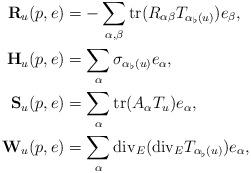
LaTeX: \begin{align*}{\bf R}_u(p,e) &=-\sum_{\alpha,\beta} {\rm tr}(R_{\alpha\beta} T_{\alpha_{\flat}(u)})e_{\beta}, \\{\bf H}_u(p,e) &=\sum_{\alpha}\sigma_{\alpha_{\flat}(u)}e_{\alpha},\\{\bf S}_u(p,e) &=\sum_{\alpha}{\rm tr}(A_{\alpha}T_u)e_{\alpha}, \\{\bf W}_u(p,e) &=\sum_{\alpha}{\rm div}_E({\rm div}_E T_{\alpha_{\flat}(u)})e_{\alpha}, \end{align*}